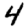
Digit: 4